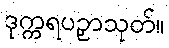
ဒုက္ကရပဥှာသုတ်။